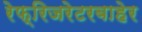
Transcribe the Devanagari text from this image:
रेफ्रिजरेटरबाहेर